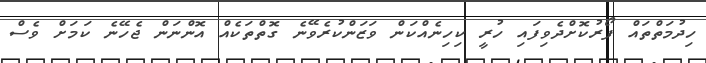
ހިދުމަތްތައް ފޯރުކޮށްދެވިފައި ހުރީ ކިހިނެއްކަން ވަޒަންކުރެވޭނެ ގޮތްތަކެއް އޮންނަން ޖެހޭނެ ކަމަށް ވެސް